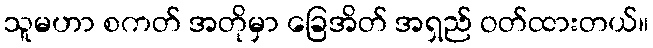
သူမဟာ စကတ် အတိုမှာ ခြေအိတ် အရှည် ဝတ်ထားတယ်။